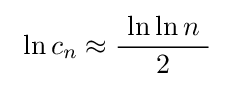
\ \ln c_{n}\approx {\frac {\ \ln \ln n\ }{2}}\